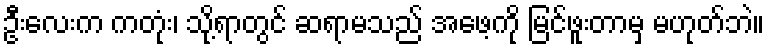
ဦးလေးက ကတုံး၊ သို့ရာတွင် ဆရာမသည် အဖေ့ကို မြင်ဖူးတာမှ မဟုတ်ဘဲ။